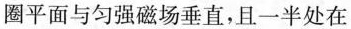
圈平面与匀强磁场垂直，且一半处在